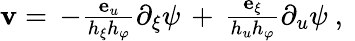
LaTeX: \begin{array}{r}{\mathbf{v}=\, -\frac{{\mathbf e}_{u}}{h_{\xi}h_{\varphi}}\partial_{\xi}\psi\, +\, \frac{{\mathbf e}_{\xi}}{h_{u}h_{\varphi}}\partial_{u}\psi\ ,\ }\end{array}